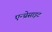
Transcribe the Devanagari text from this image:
एन्थ्रेसाइट